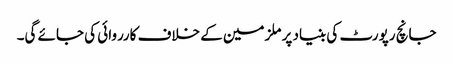
جانچ رپورٹ کی بنیاد پر ملزمین کے خلاف کارروائی کی جائے گی۔